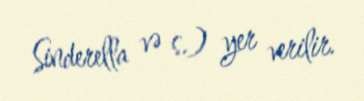
Sinderella və s.) yer verilir.